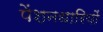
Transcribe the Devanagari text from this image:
पेंशनधारियों